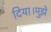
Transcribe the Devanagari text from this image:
दिया।मुझे